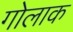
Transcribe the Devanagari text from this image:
गोलाक